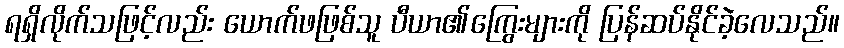
ရရှိလိုက်သဖြင့်လည်း ယောက်ဖဖြစ်သူ ပီယာ၏ကြွေးများကို ပြန်ဆပ်နိုင်ခဲ့လေသည်။